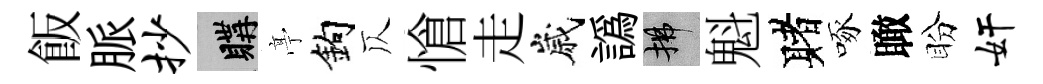
飯脈抄購𠅘鈎仄愴走嵗譌拂魁赌啄瞰盼奸